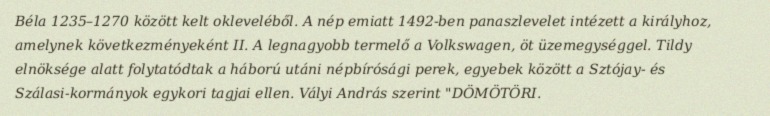
Béla 1235–1270 között kelt okleveléből. A nép emiatt 1492-ben panaszlevelet intézett a királyhoz, amelynek következményeként II. A legnagyobb termelő a Volkswagen, öt üzemegységgel. Tildy elnöksége alatt folytatódtak a háború utáni népbírósági perek, egyebek között a Sztójay- és Szálasi-kormányok egykori tagjai ellen. Vályi András szerint "DÖMÖTÖRI.